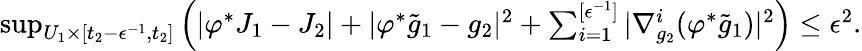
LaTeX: \begin{array}{r}{\operatorname*{sup}_{U_{1}\times[t_{2}-\epsilon^{-1},t_{2}]}\left(|\varphi^{*}J_{1}-J_{2}|+|\varphi^{*}\tilde{g}_{1}-g_{2}|^{2}+\sum_{i=1}^{[\epsilon^{-1}]}|\nabla_{g_{2}}^{i}(\varphi^{*}\tilde{g}_{1})|^{2}\right)\le\epsilon^{2}.}\end{array}